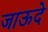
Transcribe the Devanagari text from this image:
जाऊदे